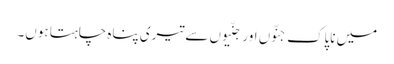
میں ناپاک جنّوں اور جنّیوں سے تیری پناہ چاہتا ہوں۔